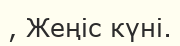
, Жеңіс күні.